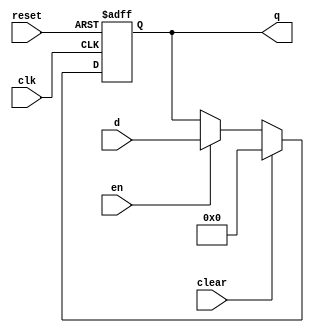
`timescale 1ns / 1ps
//////////////////////////////////////////////////////////////////////////////////
// Company: 
// Engineer: 
// 
// Design Name: 
// Module Name: flopenrc
// Project Name: 
// Target Devices: 
// Tool Versions: 
// Description: 
// 
// Dependencies: 
// 
// Revision:
// Revision 0.01 - File Created
// Additional Comments:
// 
//////////////////////////////////////////////////////////////////////////////////


module flopenrc #(parameter WIDTH = 8)
(input clk, reset,
input en, clear,
input [WIDTH-1:0] d,
output reg [WIDTH-1:0] q);
always @(posedge clk, posedge reset)
if (reset) q <= #1 0;
else if (clear) q <= #1 0;
else if (en) q <= #1 d;
endmodule